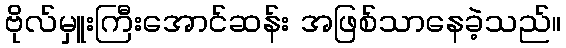
ဗိုလ်မှူးကြီးအောင်ဆန်း အဖြစ်သာနေခဲ့သည်။